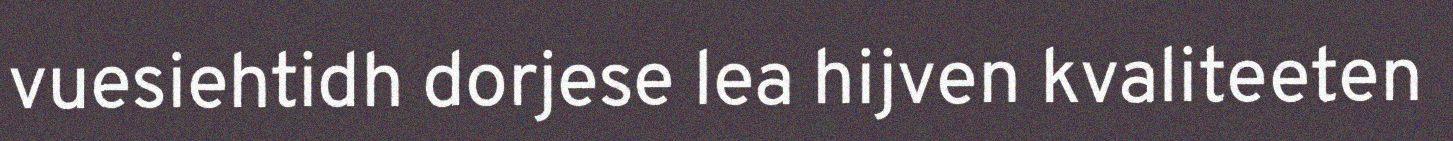
vuesiehtidh dorjese lea hijven kvaliteeten